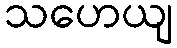
သဟေယျ